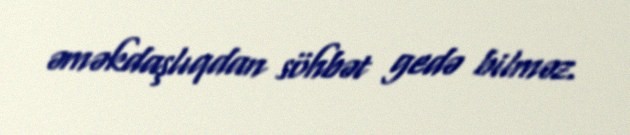
əməkdaşlıqdan söhbət gedə bilməz.